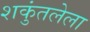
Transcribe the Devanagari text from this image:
शकुंतलेला